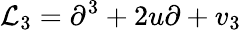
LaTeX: {\mathcal L}_{3}=\partial^{3}+2u\partial+v_{3}